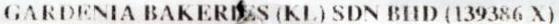
GARDENIA BAKERIES (KL) SDN BHD (139386 X)